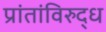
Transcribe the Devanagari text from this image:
प्रांतांविरुद्ध